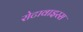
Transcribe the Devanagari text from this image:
रोटावाइरस